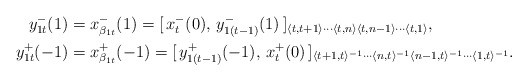
\begin{align*}y_{1t}^-(1)&= x_{\beta_{1t}}^-(1)=[\,x_t^-(0),\, y_{1(t-1)}^-(1)\,]_{\langle t, t+1\rangle\cdots \langle t, n\rangle \langle t, n-1\rangle\cdots \langle t, 1\rangle}, \\y_{1t}^+(-1)&= x_{\beta_{1t}}^+(-1)=[\,y_{1(t-1)}^+(-1),\, x_{t}^+(0)\,]_{\langle t+1, t\rangle^{-1}\cdots \langle n, t\rangle^{-1}\langle n-1, t\rangle^{-1}\cdots\langle 1, t\rangle^{-1}}.\end{align*}